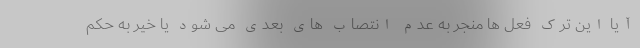
آیا این ترک فعل ها منجر به عدم انتصاب های بعدی می شود یا خیر به حکم